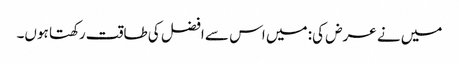
میں نے عرض کی: میں اس سے افضل کی طاقت رکھتا ہوں۔